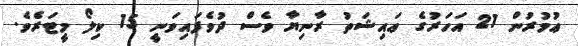
ޢުމުރުން 21 އަހަރުގެ ޢައިޝަތު ރާނިޔާ ވެސް ދުވެފައިވަނީ 15 ކިލޯ މީޓަރެވެ.